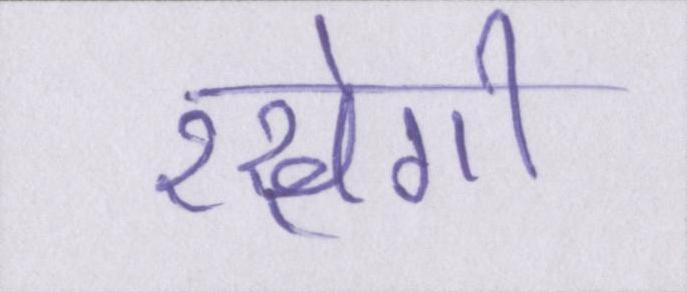
रखेगी